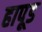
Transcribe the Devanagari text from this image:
हापूड